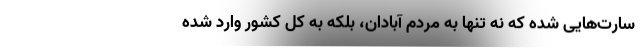
سارت‌هایی شده که نه تنها به مردم آبادان، بلکه به کل کشور وارد شده